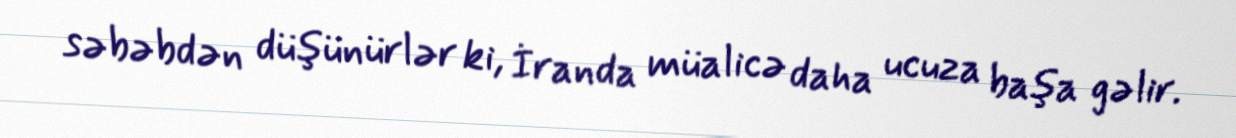
səbəbdən düşünürlər ki, İranda müalicə daha ucuza başa gəlir.